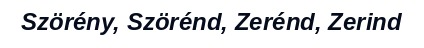
Szörény, Szörénd, Zerénd, Zerind